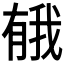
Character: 𪱤